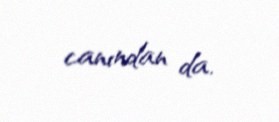
canından da.